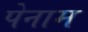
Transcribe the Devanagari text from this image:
पेनाम